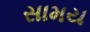
સામય